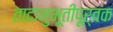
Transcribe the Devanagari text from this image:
तादानुभूतीपूर्वक